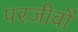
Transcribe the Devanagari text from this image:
परजीवों